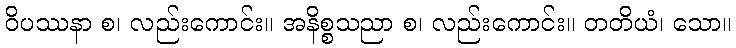
ဝိပဿနာ စ၊ လည်းကောင်း။ အနိစ္စသညာ စ၊ လည်းကောင်း။ တတိယံ၊ သော။